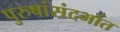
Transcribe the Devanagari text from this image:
पुरुषांसंदर्भात